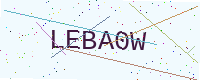
Text: LEBA0W